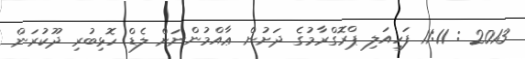
2013 : 11:11 ފަހިއަލި ޕްރޮގްރާމުގެ ދަށުން ޢާއްމުންނަށް ލެޑް ހޮޅިބުރި ދޫކުރަން